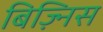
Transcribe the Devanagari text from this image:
बिज़्निस